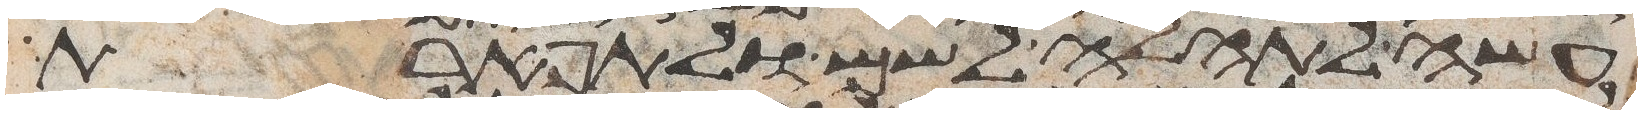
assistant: עשה לתהלה לשם ולתפארת